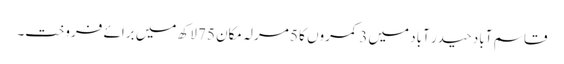
قاسم آباد حیدر آباد میں 3 کمروں کا 5 مرلہ مکان 75 لاکھ میں برائے فروخت۔